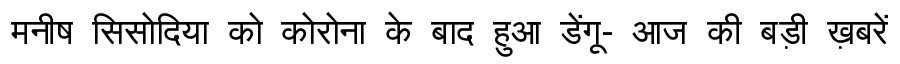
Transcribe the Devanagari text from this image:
मनीष सिसोदिया को कोरोना के बाद हुआ डेंगू- आज की बड़ी ख़बरें